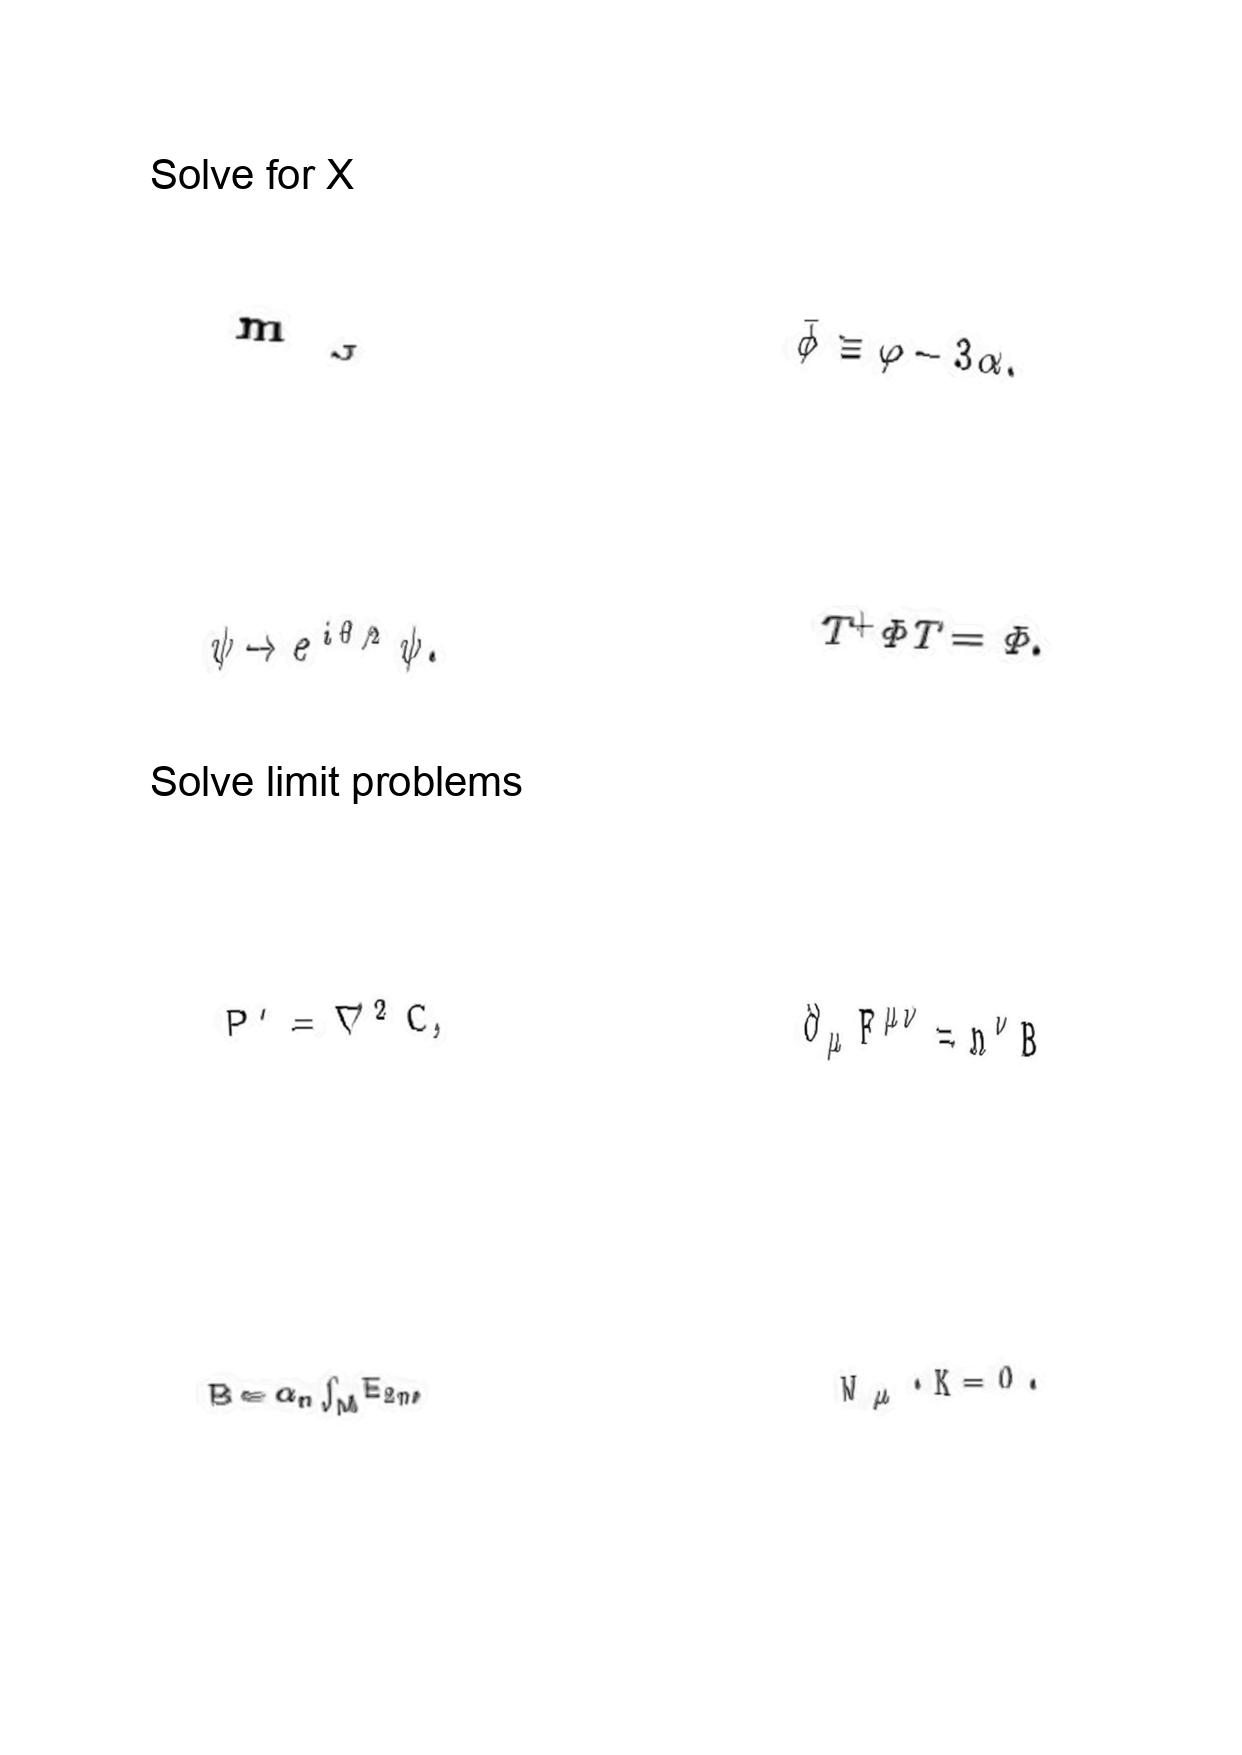
LaTeX transcription:
m _ { _ { J } }
\psi \rightarrow e ^ { i \theta / 2 } \psi .
P ^ { \prime } = \nabla ^ { 2 } C ,
B = \alpha _ { n } \int _ { M } E _ { 2 n } ,
\bar { \phi } \equiv \varphi - 3 \alpha .
T ^ { + } \Phi T = \Phi .
\partial _ { \mu } F ^ { \mu \nu } = n ^ { \nu } B
W _ { \mu } \cdot K = 0 .